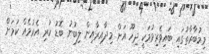
މިމުބާރާތުގައި ބައިވެރިވުމަކީ ދިހޫ އަށް މިދާއިރާއިން ލިބުނު ބޮޑު ކުރި އެރުމެއް ކަމަށް